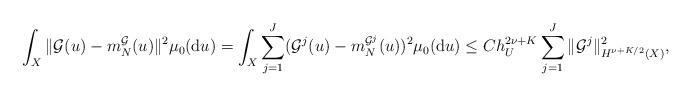
LaTeX: \begin{align*}\int_X \|\mathcal G(u) - m_N^\mathcal G(u) \|^{2} \mu_0(\mathrm{d}u) = \int_X \sum_{j=1}^J (\mathcal G^j(u) - m_N^{\mathcal G^j}(u))^2 \mu_0(\mathrm{d}u) \leq C h_U^{2\nu + K} \sum_{j=1}^J \| \mathcal G^j\|^2_{H^{\nu + K/2}(X)},\end{align*}